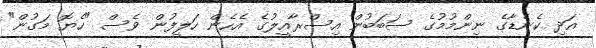
އަދި ކެނެޑާގެ ނިންމުމުގެ ސަބަބުން އިސްރާއީލުގެ އެހެން ހަލީފުން ވެސް "ހެޔޮ މަގުން"